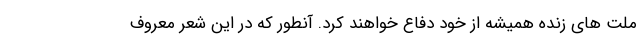
ملت های زنده همیشه از خود دفاع خواهند کرد‌. آنطور که در این شعر معروف